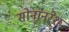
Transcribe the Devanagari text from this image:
सोनानरेश